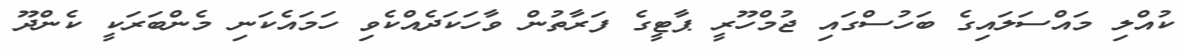
ކުއްލި މައްސަލައިގެ ބަހުސްގައި ޖުމްހޫރީ ޕާޓީގެ ފަރާތުން ވާހަކަދެއްކެވި ހަމައެކަނި މެންބަރަކީ ކެންދޫ